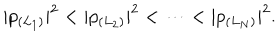
| p _ { ( L _ { 1 } ) } | ^ { 2 } < | p _ { ( L _ { 2 } ) } | ^ { 2 } < \cdots < | p _ { ( L _ { N } ) } | ^ { 2 } .